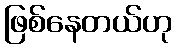
ဖြစ်နေတယ်ဟု